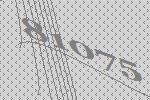
81075